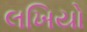
લખિયો